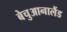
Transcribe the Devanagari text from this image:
बेचुआनालैंड